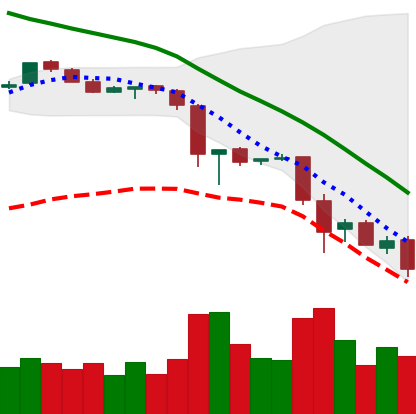
Ticker: EOS-USD
Chart end date: 2018-11-24
Forward return: -7.345%
Label: down_7plus